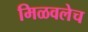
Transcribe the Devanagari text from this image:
मिळवलेच